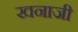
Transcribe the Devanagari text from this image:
खनाजी